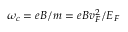
\omega _ { c } = { e B } / { m } = e B v _ { F } ^ { 2 } / E _ { F }